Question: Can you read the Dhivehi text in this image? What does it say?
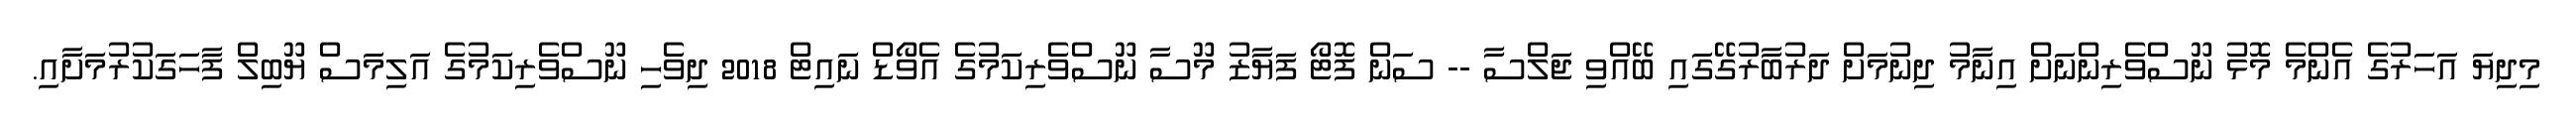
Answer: މިދިޔަ އަހަރުގެ އެންމެ މޮޅު ނޫސްވެރިންނަށް އިނާމު ދިނުމަށް ދަރުބާރުގޭގައި ބޭއްވި ޖަލްސާ -- ސަން ފޮޓޯ ފަޔާޒު މޫސާ ނޫސްވެރިކަމުގެ އެވޯޑް ނައިޓް 2018 ދިވެހި ނޫސްވެރިކަމުގެ އަލިމަސް ޔޫބިލް ފާހަގަކުރުމަށާއި.